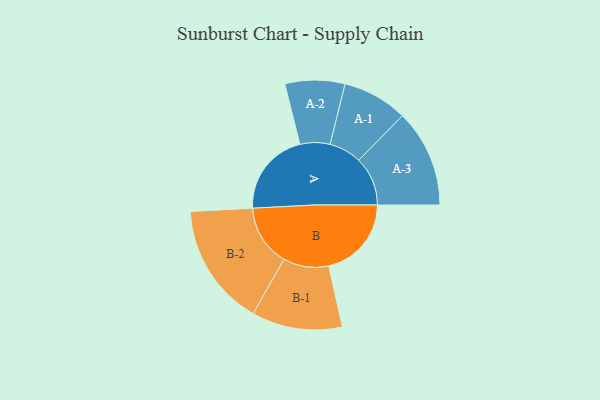
{"axis": {"x": "Segment", "y": "Value"}, "legend": ["", "A", "B"], "data": [{"x": "A", "y": 384, "type": ""}, {"x": "B", "y": 376, "type": ""}, {"x": "A-1", "y": 148, "type": "A"}, {"x": "A-2", "y": 136, "type": "A"}, {"x": "A-3", "y": 222, "type": "A"}, {"x": "B-1", "y": 206, "type": "B"}, {"x": "B-2", "y": 279, "type": "B"}]}